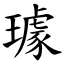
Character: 璩